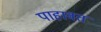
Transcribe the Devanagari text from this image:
पाहावत